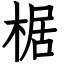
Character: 椐